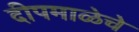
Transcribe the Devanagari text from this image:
दीपमाळेचे